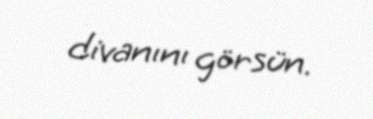
divanını görsün.